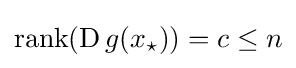
\operatorname {rank} (\operatorname {D} g(x_{\star }))=c\leq n